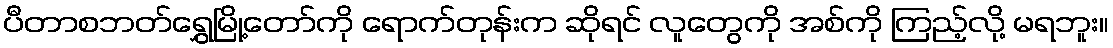
ပီတာစဘတ်ရွှေမြို့တော်ကို ရောက်တုန်းက ဆိုရင် လူတွေကို အစ်ကို ကြည့်လို့ မရဘူး။